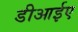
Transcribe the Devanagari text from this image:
डीआईए